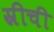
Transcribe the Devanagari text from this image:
स्रीची